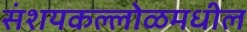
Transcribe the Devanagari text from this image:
संशयकल्लोळमधील